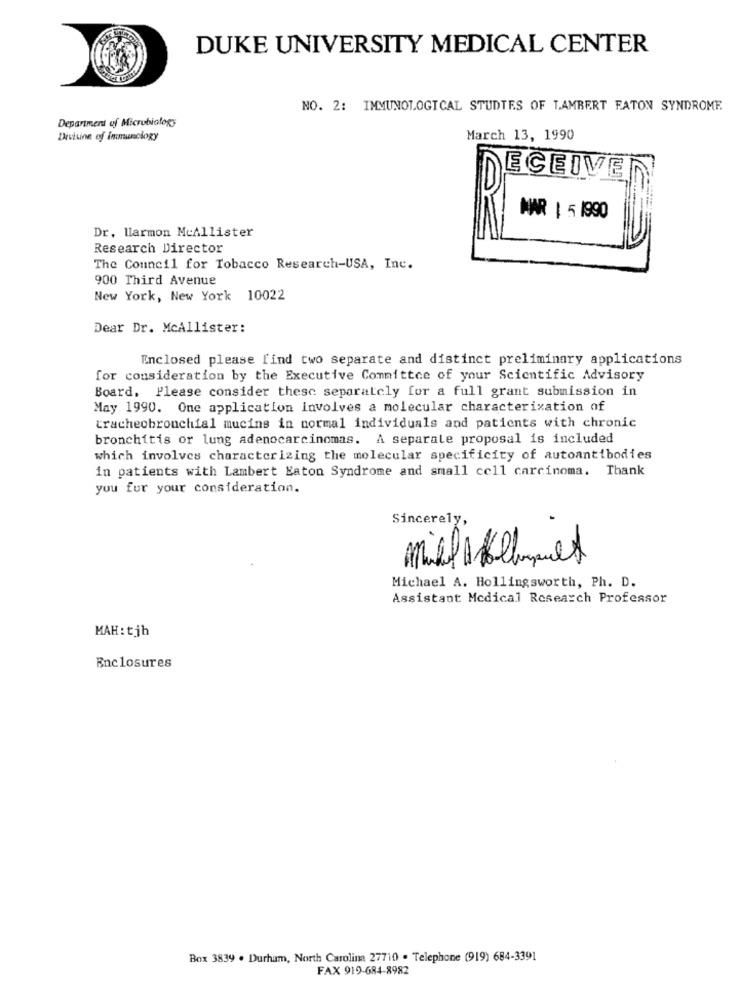
DUKE UNIVERSITY MEDICAL CENTER
NO. 2: IMMUNOLOGICAL STUDIES OF LAMBERT FATON SYNDROME.
Department of Microbiology
Divtuine of immunology
March 13, 1990
ECEM
MAR 1 5 1990
Dr. llarmon McAllister
Research Director
The Council for Tobacco Research-USA, Inc.
900 Third Avenue
New York, New York 10022
Dear Dr. McAllister:
Enclosed please find two separate and distinct preliminary applications
for consideration by the Executive Committee of your Scientific Advisory
Board, Please consider thesc separately for a full grant submission in
May 1990. One application involves a molecular characterization of
tracheobronchial mucins in normal individuals and patients with chronic
bronchitis or lung adenocarcinomas. A separate proposal is included
which involves character izing the molecular specificity of autoantibodies
in patients with Lambert Eaton Syndrome and small cell carcinoma. Thank
you for your consideration.
Sincerely,
0
Michael A. Hollingsworth, Ph. D.
Assistant Medical Research Professor
MAH: tjh
Enclosures
Box 3839 . Durham, North Carolina 27710 . Telephone (919) 684-3391
FAX 919-684-8982